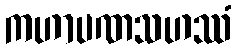
ကဟာပဏသဟဿံ